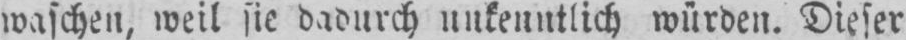
waschen, weil sie dadurch unkenntlich würden. Dieser